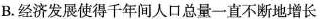
B. 经济发展使得千年间人口总量一直不断地增长